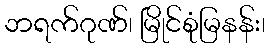
ဘရက်ဂုဏ်၊ မြိုင်စုံမြနန်း၊